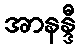
အာနန္ဒီ